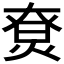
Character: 𤊽